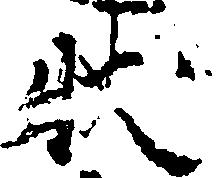
状